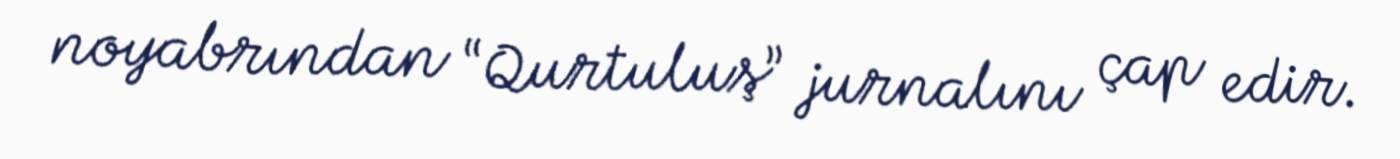
noyabrından “Qurtuluş” jurnalını çap edir.